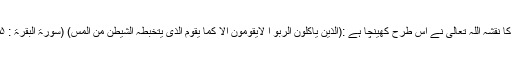
اس مال پر ستی کے باولے پن کا نقشہ اللہ تعالیٰ نے اس طرح کھینچا ہے :(الذین یاکلون الربو ا لایقومون الا کما یقوم الذی یتخبطہ الشیطٰن من المس) (سورۃ البقرۃ : ۲۷۵) جو لوگ سو دکھاتے ہیں ۔